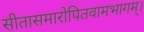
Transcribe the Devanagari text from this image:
सीतासमारोपितवामभागम्।